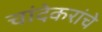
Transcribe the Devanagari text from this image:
चांदेकरांचे